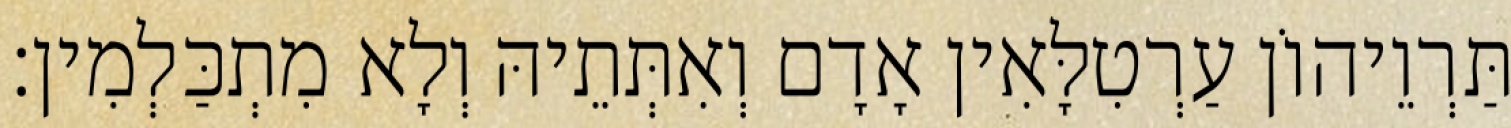
תַּרְוֵיהוֹן עַרְטִלָּאִין אָדָם וְאִתְּתֵיהּ וְלָא מִתְכַּלְמִין׃